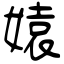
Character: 媴